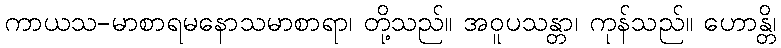
ကာယသ-မာစာရမနောသမာစာရာ၊ တို့သည်။ အဝူပသန္တာ၊ ကုန်သည်။ ဟောန္တိ၊